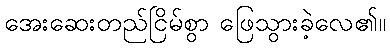
အေးဆေးတည်ငြိမ်စွာ ဖြေသွားခဲ့လေ၏။